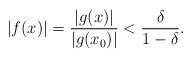
LaTeX: \begin{align*}|f(x)|=\frac{|g(x)|}{|g(x_0)|}<\frac{\delta}{1-\delta}.\end{align*}